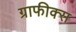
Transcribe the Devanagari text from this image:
ग्राफीक्स